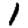
Digit: 1